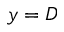
y = D